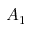
A _ { 1 }